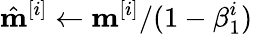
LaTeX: \hat{\mathbf{m}}^{[i]}\leftarrow\mathbf{m}^{[i]}/(1-\beta_{1}^{i})